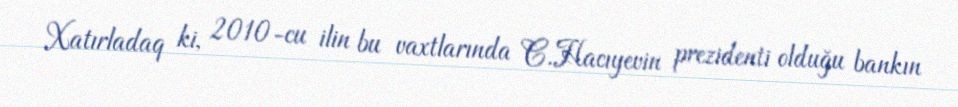
Xatırladaq ki, 2010-cu ilin bu vaxtlarında C.Hacıyevin prezidenti olduğu bankın